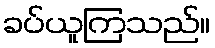
ခပ်ယူကြသည်။